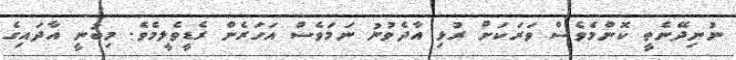
ނުނިދޭނެތީ ކޮންމެވެސް ވަރަކަށް ރުޅި އާދެވުނު ނަމަވެސް އަހަރެން ރެޑީވެލީމެވެ. މިބުނީ އާދައިގެ